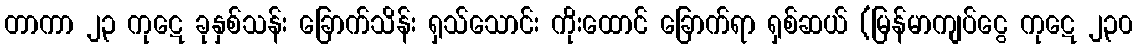
တာကာ ၂၃ ကုဋေ ခုနှစ်သန်း ခြောက်သိန်း ရှသ်သောင်း ကိုးထောင် ခြောက်ရာ ရှစ်ဆယ် (မြန်မာကျပ်ငွေ ကုဋေ ၂၃၀